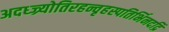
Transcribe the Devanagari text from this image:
अदध्ज्र्योतिरहन्वृहस्पतिर्भिनदद्रिं